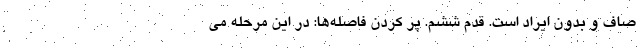
صاف و بدون ایراد است. قدم ششم. پر کردن فاصله‌ها: در این مرحله می‌